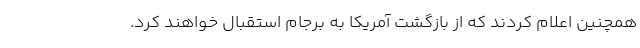
همچنین اعلام کردند که از بازگشت آمریکا به برجام استقبال خواهند کرد.